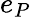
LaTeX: e_{P}